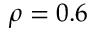
\rho = 0 . 6